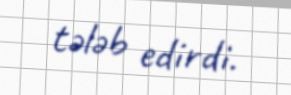
tələb edirdi.